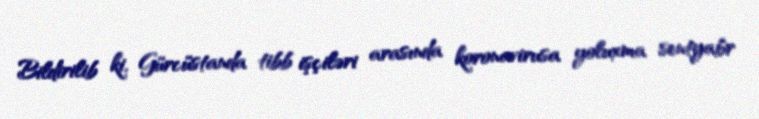
Bildirilib ki, Gürcüstanda tibb işçiləri arasında koronavirusa yoluxma sentyabr